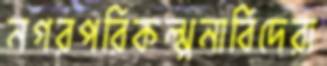
নগরপরিকল্পনাবিদেরা